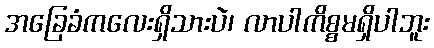
အခြေခံကလေးရှိသားပဲ၊ လာပါကိစ္စမရှိပါဘူး